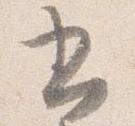
書